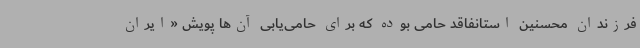
فرزندان محسنین استانفاقد حامی بوده که برای حامی‌یابی آن‌ها پویش «ایران